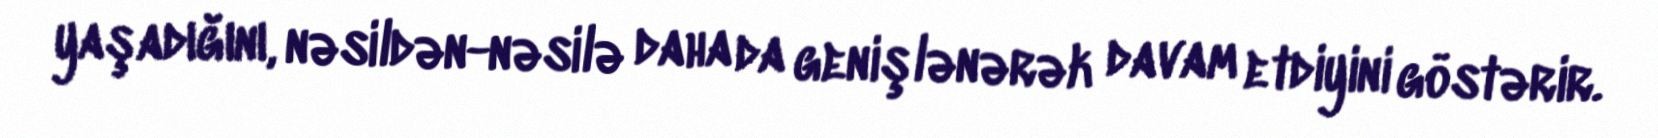
yaşadığını, nəsildən-nəsilə daha da genişlənərək davam etdiyini göstərir.